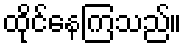
ထိုင်နေကြသည်။